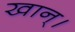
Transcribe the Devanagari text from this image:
खान्।